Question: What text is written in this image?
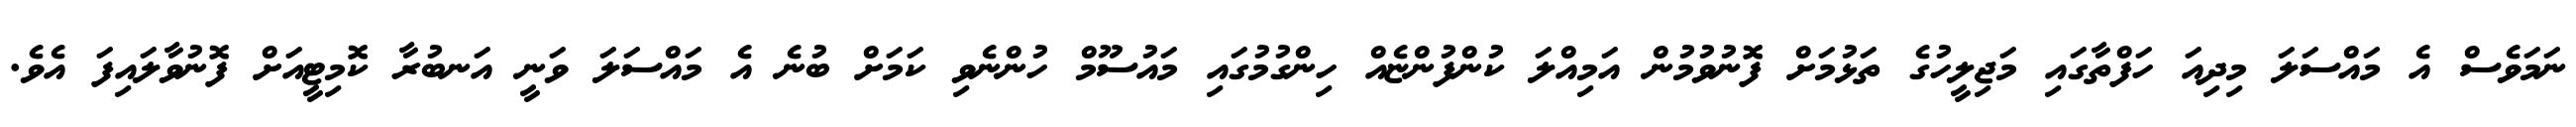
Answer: ނަމަވެސް އެ މައްސަލަ މިދިއަ ހަފްތާގައި މަޖިލީހުގެ ތަޅުމަށް ފޮނުވުމުން އަމިއްލަ ކުންފުންޏެއް ހިންގުމުގައި މައުސޫމް ހުންނެވި ކަމަށް ބުނެ އެ މައްސަލަ ވަނީ އަނބުރާ ކޮމިޓީއަށް ފޮނުވާލައިފަ އެވެ.